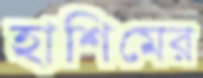
হাশিমের